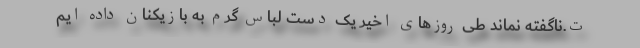
ت.ناگفته نماند طی روزهای اخیر یک دست لباس گرم به بازیکنان داده ایم